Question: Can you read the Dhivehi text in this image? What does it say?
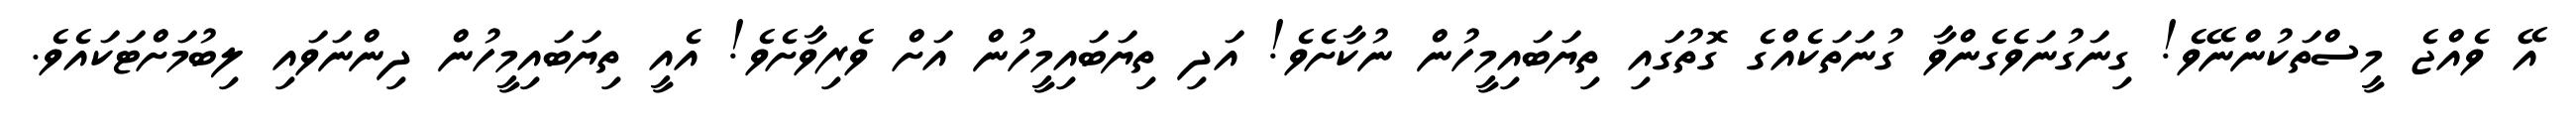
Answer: އޭ ވެއްޖެ މީސްތަކުންނޭވެ! ގިނަގުނަވެގެންވާ ގުނަތަކެއްގެ ގޮތުގައި ތިޔަބައިމީހުން ނުކާށެވެ! އަދި ތިޔަބައިމީހުން އަށް ވެރިވާށެވެ! އެއީ ތިޔަބައިމީހުން ދިންނަވައި ލިބުމަށްޓަކައެވެ.